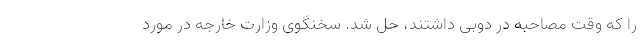
را که وقت مصاحبه در دوبی داشتند، حل شد. سخنگوی وزارت خارجه در مورد